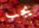
يجب